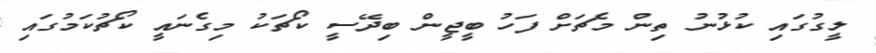
ލީގުގައި ކުޅުނު ތިން މެޗަށް ފަހު ބީޖީން ބިދޭސީ ކޯޗަކު މިގެނައީ ކޯޗުކަމުގައި